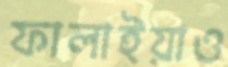
ফালাইয়াও